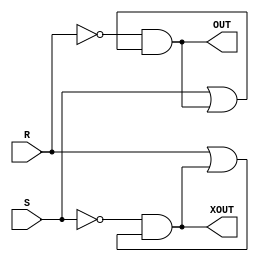
module SRLatch_m(

	input  wire R		,
	input  wire S		,

	output wire OUT		,
	output wire XOUT
	
);

	assign OUT  = ~R && (S || OUT);
	assign XOUT = ~S && (R || XOUT);

endmodule